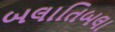
બલાતિબલા